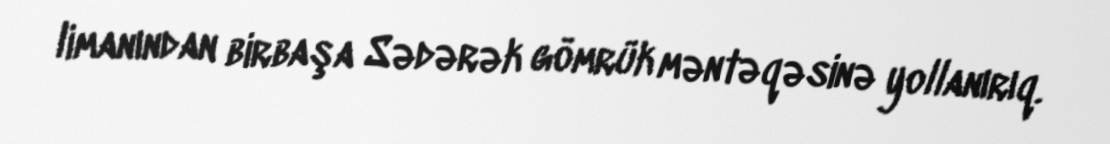
limanından birbaşa Sədərək gömrük məntəqəsinə yollanırıq.